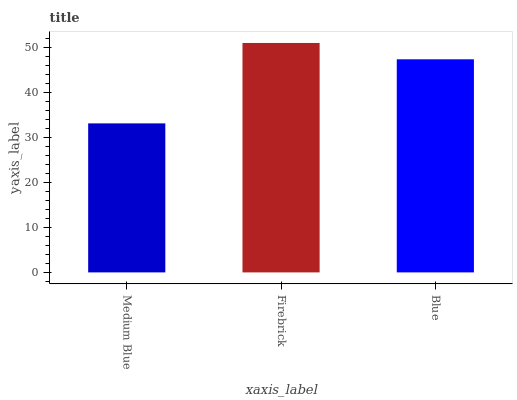
| xaxis_label | bars |
 | --- | --- |
 | Medium Blue | 33.1 |
 | Firebrick | 51 |
 | Blue | 47.4 |